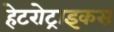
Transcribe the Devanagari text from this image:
हेटरोट्राइकस